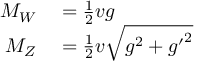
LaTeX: \begin{array} { r l } { M _ { W } } & { { } = { \frac { 1 } { 2 } } v g } \\ { M _ { Z } } & { { } = { \frac { 1 } { 2 } } v { \sqrt { g ^ { 2 } + { g ^ { \prime } } ^ { 2 } } } } \end{array}